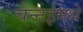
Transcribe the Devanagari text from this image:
चेन्नईमधे